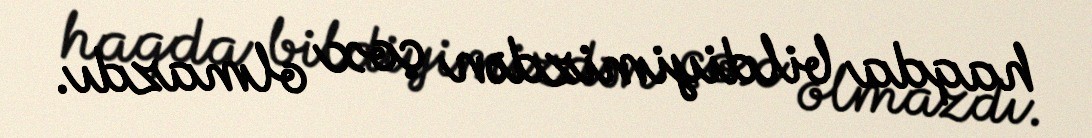
haqda bildiyimizdən çox olmazdı.